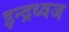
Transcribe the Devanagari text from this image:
इन्द्रध्वज